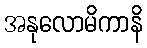
အနုလောမိကာနိ